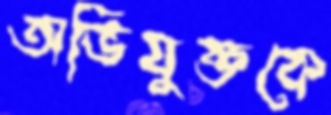
অভিযুক্তকে